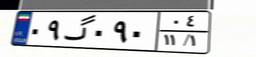
۰۷گ۰۴۵۱۷